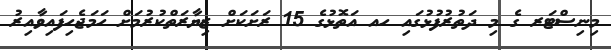
މިނިސްޓަރ ގެ މި ދަތުރުފުޅުގައި ހއ އަތޮޅުގެ 15 ރަށަކަށް ޒިޔާރަތްކުރުމަށް ހަމަޖެހިފައިވާއިރު